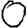
Digit: 0